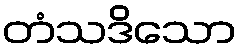
တံသဒိသော